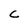
Character: C